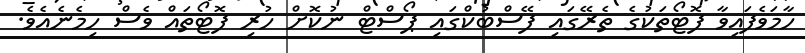
ހާމަވެފައިވާ ފޮޓޯތަކުގެ ތެރޭގައި ފޭސްބުކްގައި ޕޯސްޓް ނުކޮށް ހުރި ފޮޓޯތައް ވެސް ހިމެނެއެވެ.